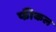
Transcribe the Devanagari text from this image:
फीकल